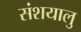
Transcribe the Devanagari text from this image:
संशयालु